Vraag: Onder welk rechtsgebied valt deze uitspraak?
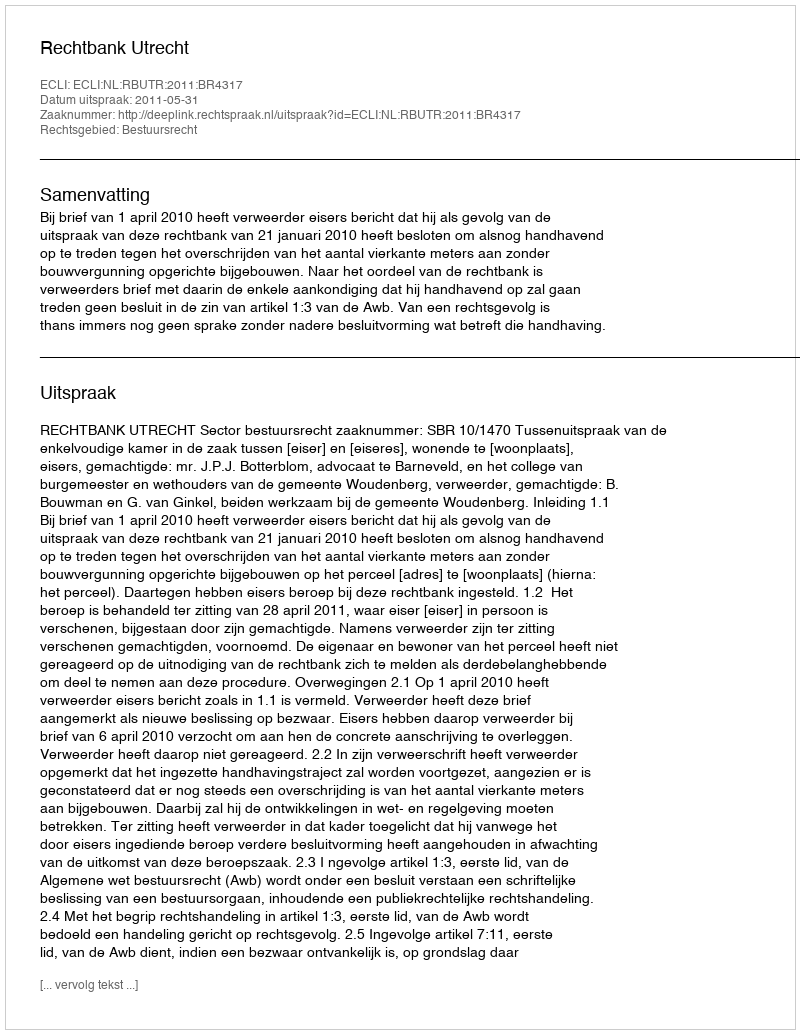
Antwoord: Bestuursrecht